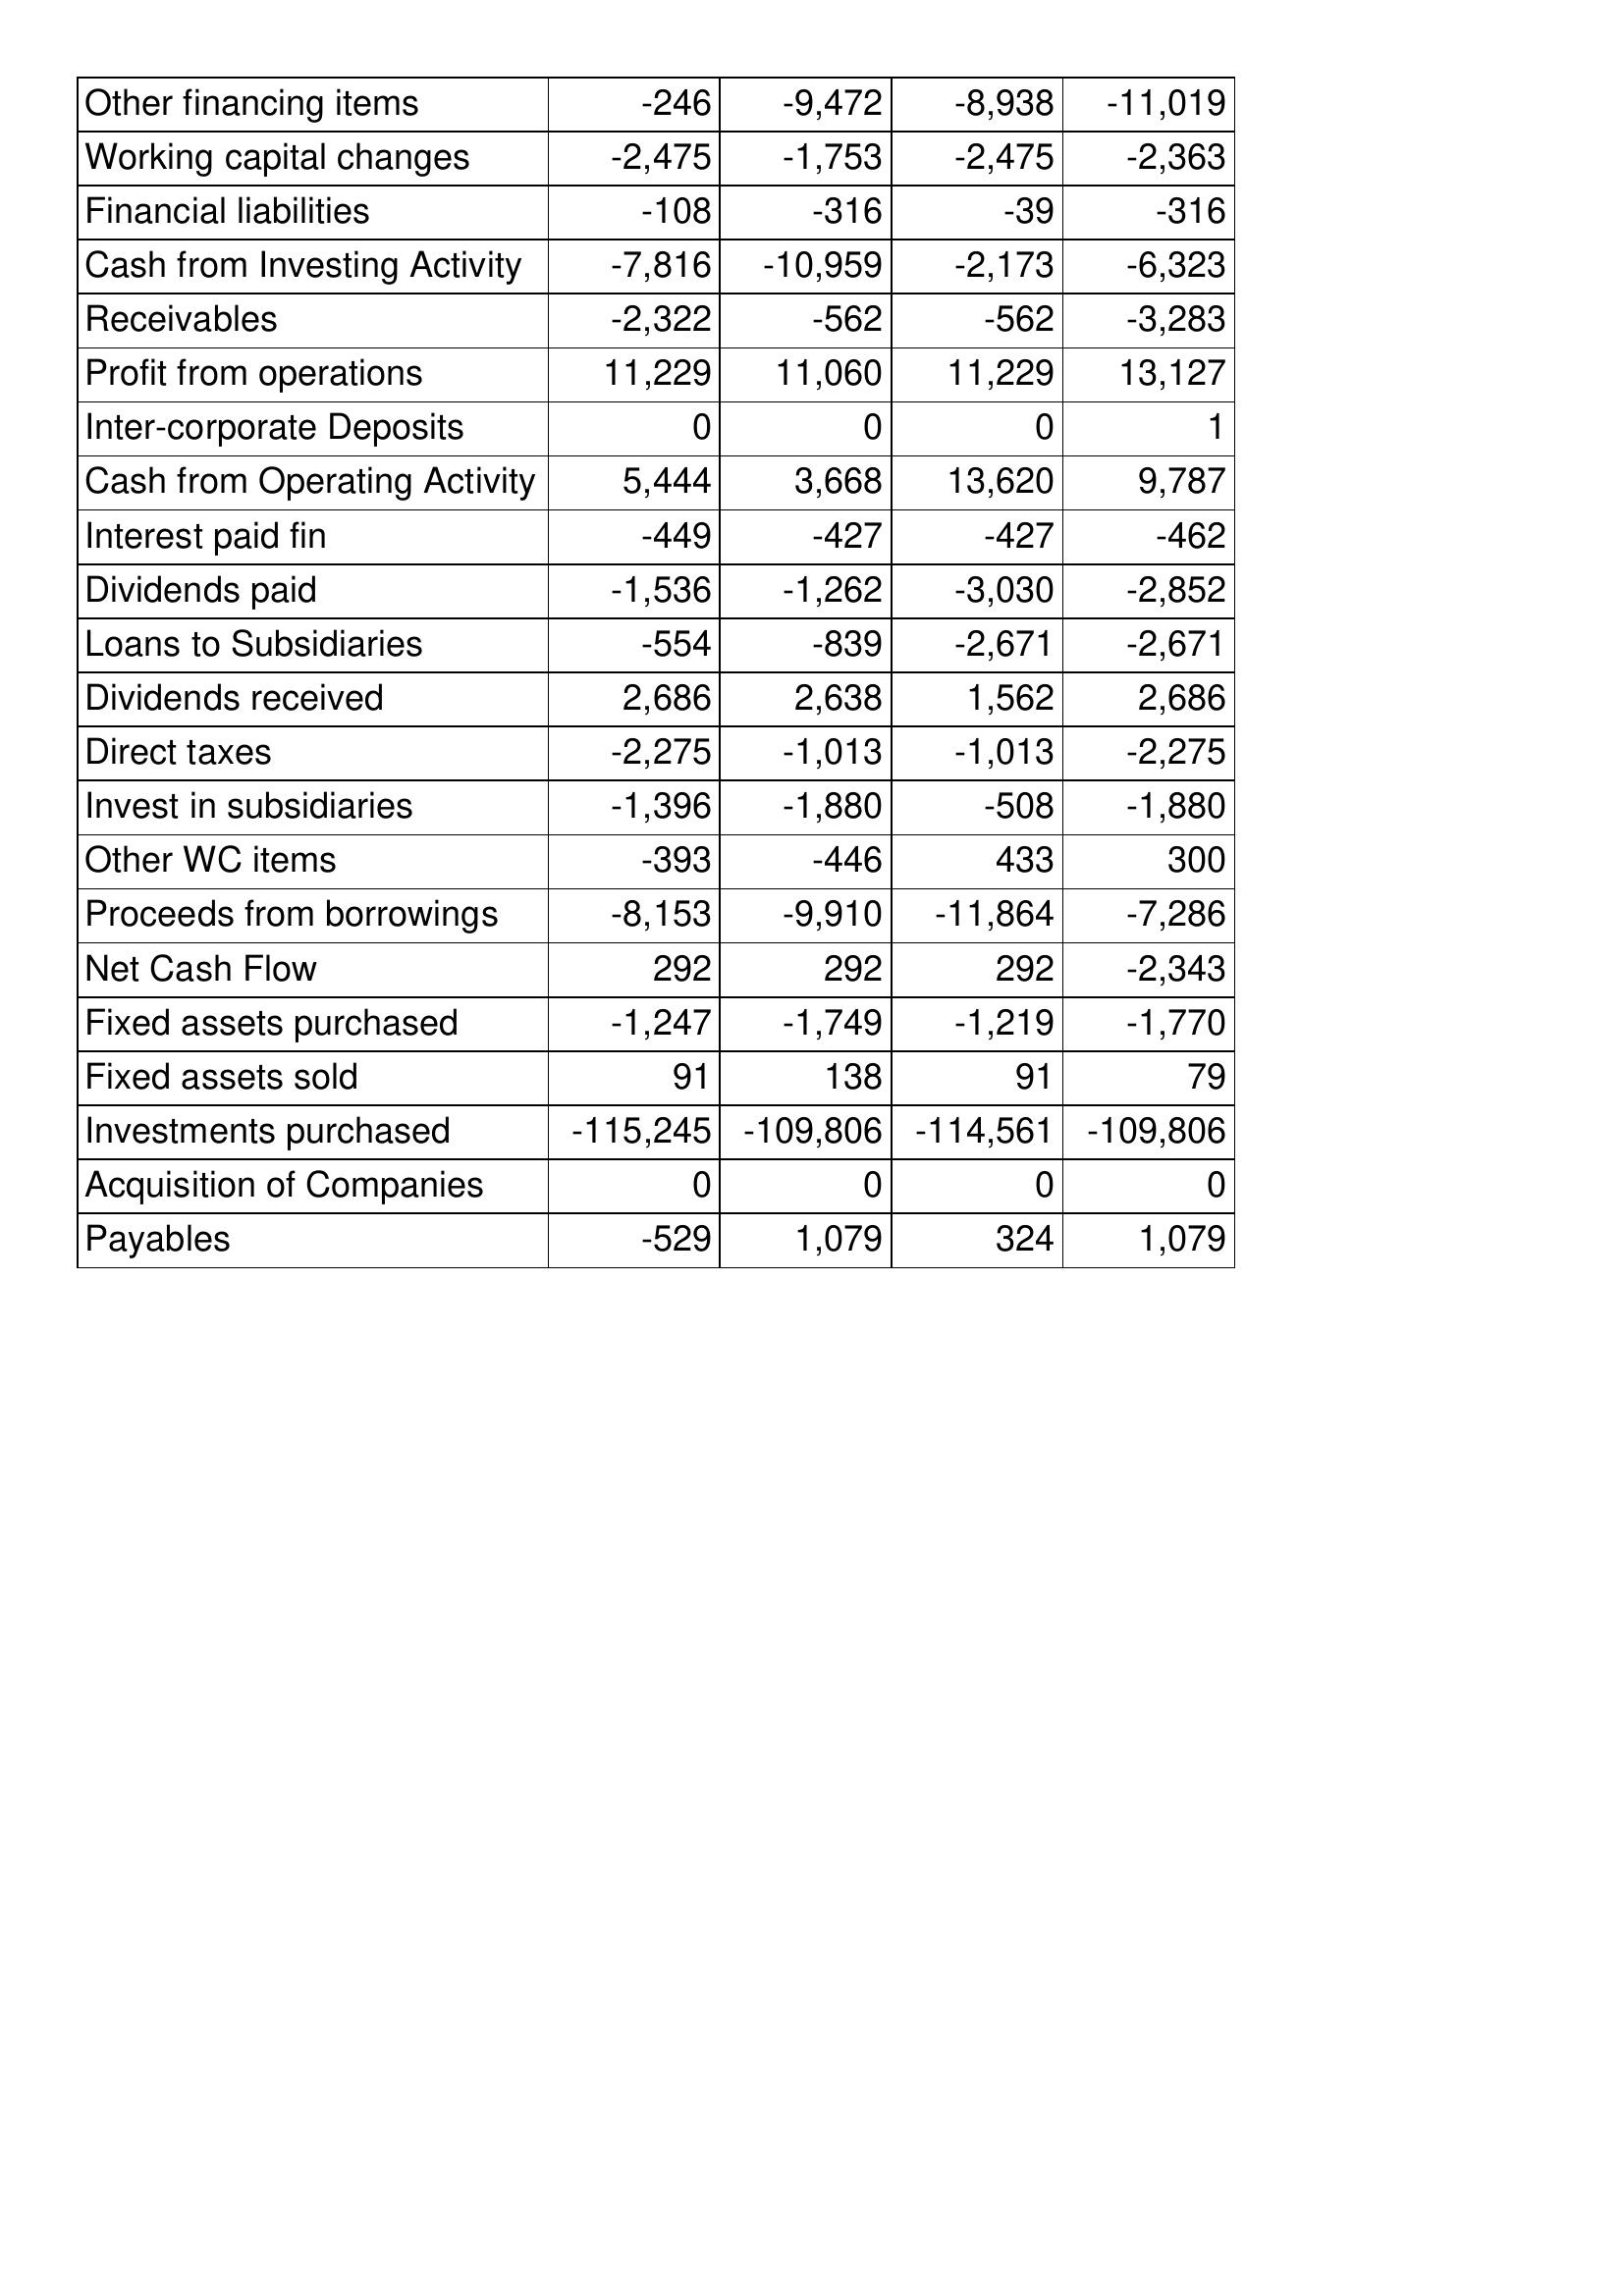
Sep-13: Cash Flows: Other financing items: -246
Working capital changes: -2,475
Financial liabilities: -108
Cash from Investing Activity: -7,816
Receivables: -2,322
Profit from operations: 11,229
Inter-corporate Deposits: 0
Cash from Operating Activity: 5,444
Interest paid fin: -449
Dividends paid: -1,536
Loans to Subsidiaries: -554
Dividends received: 2,686
Direct taxes: -2,275
Invest in subsidiaries: -1,396
Other WC items: -393
Proceeds from borrowings: -8,153
Net Cash Flow: 292
Fixed assets purchased: -1,247
Fixed assets sold: 91
Investments purchased: -115,245
Acquisition of Companies: 0
Payables: -529
Sep-14: Cash Flows: Other financing items: -9,472
Working capital changes: -1,753
Financial liabilities: -316
Cash from Investing Activity: -10,959
Receivables: -562
Profit from operations: 11,060
Inter-corporate Deposits: 0
Cash from Operating Activity: 3,668
Interest paid fin: -427
Dividends paid: -1,262
Loans to Subsidiaries: -839
Dividends received: 2,638
Direct taxes: -1,013
Invest in subsidiaries: -1,880
Other WC items: -446
Proceeds from borrowings: -9,910
Net Cash Flow: 292
Fixed assets purchased: -1,749
Fixed assets sold: 138
Investments purchased: -109,806
Acquisition of Companies: 0
Payables: 1,079
Sep-15: Cash Flows: Other financing items: -8,938
Working capital changes: -2,475
Financial liabilities: -39
Cash from Investing Activity: -2,173
Receivables: -562
Profit from operations: 11,229
Inter-corporate Deposits: 0
Cash from Operating Activity: 13,620
Interest paid fin: -427
Dividends paid: -3,030
Loans to Subsidiaries: -2,671
Dividends received: 1,562
Direct taxes: -1,013
Invest in subsidiaries: -508
Other WC items: 433
Proceeds from borrowings: -11,864
Net Cash Flow: 292
Fixed assets purchased: -1,219
Fixed assets sold: 91
Investments purchased: -114,561
Acquisition of Companies: 0
Payables: 324
Sep-16: Cash Flows: Other financing items: -11,019
Working capital changes: -2,363
Financial liabilities: -316
Cash from Investing Activity: -6,323
Receivables: -3,283
Profit from operations: 13,127
Inter-corporate Deposits: 1
Cash from Operating Activity: 9,787
Interest paid fin: -462
Dividends paid: -2,852
Loans to Subsidiaries: -2,671
Dividends received: 2,686
Direct taxes: -2,275
Invest in subsidiaries: -1,880
Other WC items: 300
Proceeds from borrowings: -7,286
Net Cash Flow: -2,343
Fixed assets purchased: -1,770
Fixed assets sold: 79
Investments purchased: -109,806
Acquisition of Companies: 0
Payables: 1,079